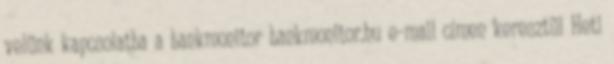
velünk kapcsolatba a bankmonitor bankmonitor.hu e-mail címen keresztül Heti